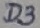
Text: D3